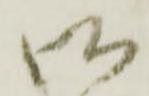
御